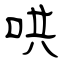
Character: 哄